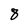
Character: 8